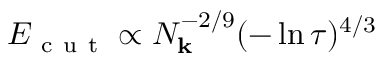
E _ { \mathrm { ~ c ~ u ~ t ~ } } \propto N _ { \mathbf { k } } ^ { - 2 / 9 } ( - \ln { \tau } ) ^ { 4 / 3 }